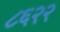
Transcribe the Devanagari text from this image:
८६२२